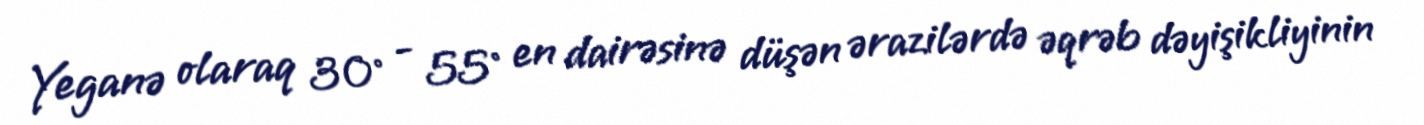
Yeganə olaraq 30° - 55° en dairəsinə düşən ərazilərdə əqrəb dəyişikliyinin